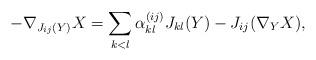
LaTeX: \begin{gather*}-\nabla_{J_{ij}(Y)}X = \sum_{k<l} \alpha_{kl}^{(ij)} J_{kl}(Y)-J_{ij}(\nabla_YX),\end{gather*}